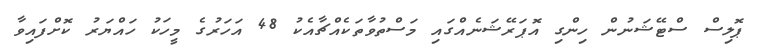
ޕޮލިސް ސްޓޭޝަނުން ހިންގި އޮޕަރޭޝަނެއްގައި މަސްތުވާތަކެއްޗާއެކު 48 އަހަރުގެ މީހަކު ހައްޔަރު ކޮށްފައިވާ